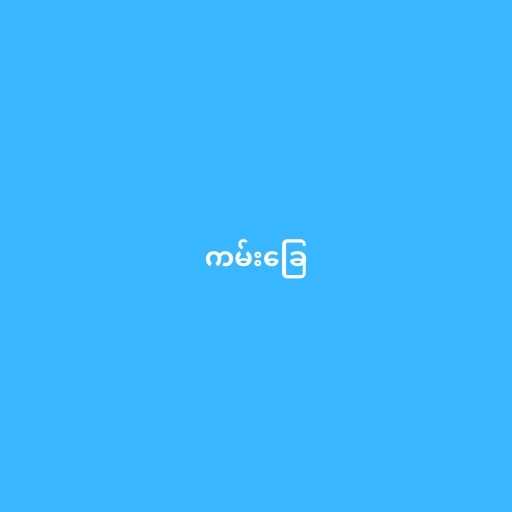
ကမ်းခြေ